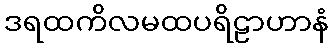
ဒရထကိလမထပရိဠာဟာနံ